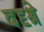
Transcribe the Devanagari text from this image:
ददृश्रे